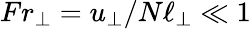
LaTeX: Fr_{\perp}=u_{\perp}/N\ell_{\perp}\ll 1